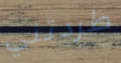
طردتني